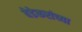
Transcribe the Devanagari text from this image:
बेडेकरांच्या